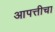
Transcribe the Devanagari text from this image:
आपत्तीचा